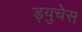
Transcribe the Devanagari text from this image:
ड्युचेस